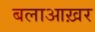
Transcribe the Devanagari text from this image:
बलाआख़र